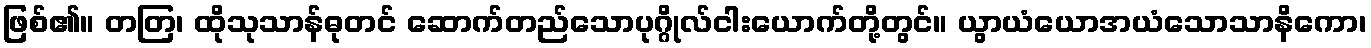
ဖြစ်၏။ တတြ၊ ထိုသုသာန်ဓုတင် ဆောက်တည်သောပုဂ္ဂိုလ်ငါးယောက်တို့တွင်။ ယွာယံယောအယံသောသာနိကော၊